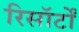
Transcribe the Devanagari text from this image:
रिसॉर्टों